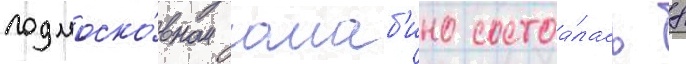
подмоско́вном алаб'ино состоа́лась 8